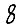
Digit: 8